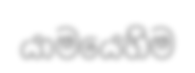
යාමයෙහිම